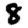
Digit: 8